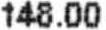
148.00